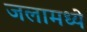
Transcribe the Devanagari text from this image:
जलामध्ये